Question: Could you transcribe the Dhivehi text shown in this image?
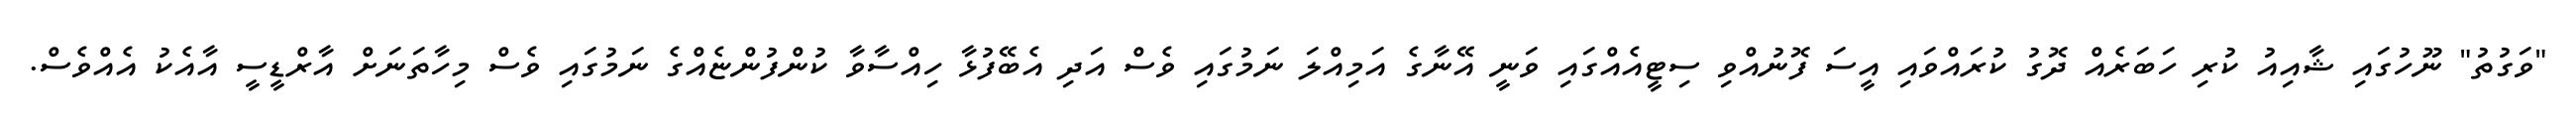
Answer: "ވަގުތު" ނޫހުގައި ޝާއިއު ކުރި ހަބަރެއް ދޮގު ކުރައްވައި އީސަ ފޮނުއްވި ސިޓީއެއްގައި ވަނީ އޭނާގެ އަމިއްލަ ނަމުގައި ވެސް އަދި އެބޭފުޅާ ހިއްސާވާ ކުންފުންޏެއްގެ ނަމުގައި ވެސް މިހާތަނަށް އާރްޑީސީ އާއެކު އެއްވެސް.